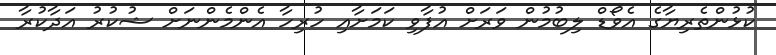
ކުޅުންތެރިޔާގެ އެވޯޑް ލިބުމުން ވަރަށް އުފާވި ކަމަށާއި ހުރިހާ އެންމެންނަށް ޝުކުރު އަދާކުރާ